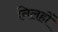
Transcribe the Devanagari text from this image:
निलहों